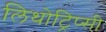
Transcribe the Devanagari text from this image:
लिथोट्रिप्सी